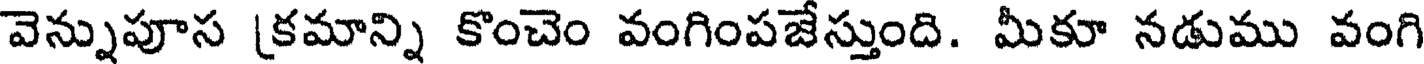
వెన్నుపూస [కమాన్ని కొంచెం వంగింపజేస్తుంది. మీకూ నడుము వంగి